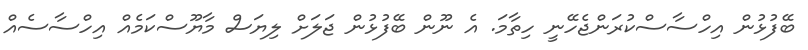
ބޭފުޅުން އިހްސާސްކުރަންޖެހޭނީ ހިތާމަ. އެ ނޫން ބޭފުޅުން ޖަލަށް ލިޔަސް މާޔޫސްކަމެއް އިހްސާސެއް